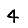
Digit: 4